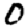
Digit: 0